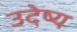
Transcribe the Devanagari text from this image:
उदेष्य